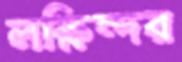
লক্ষিন্দর